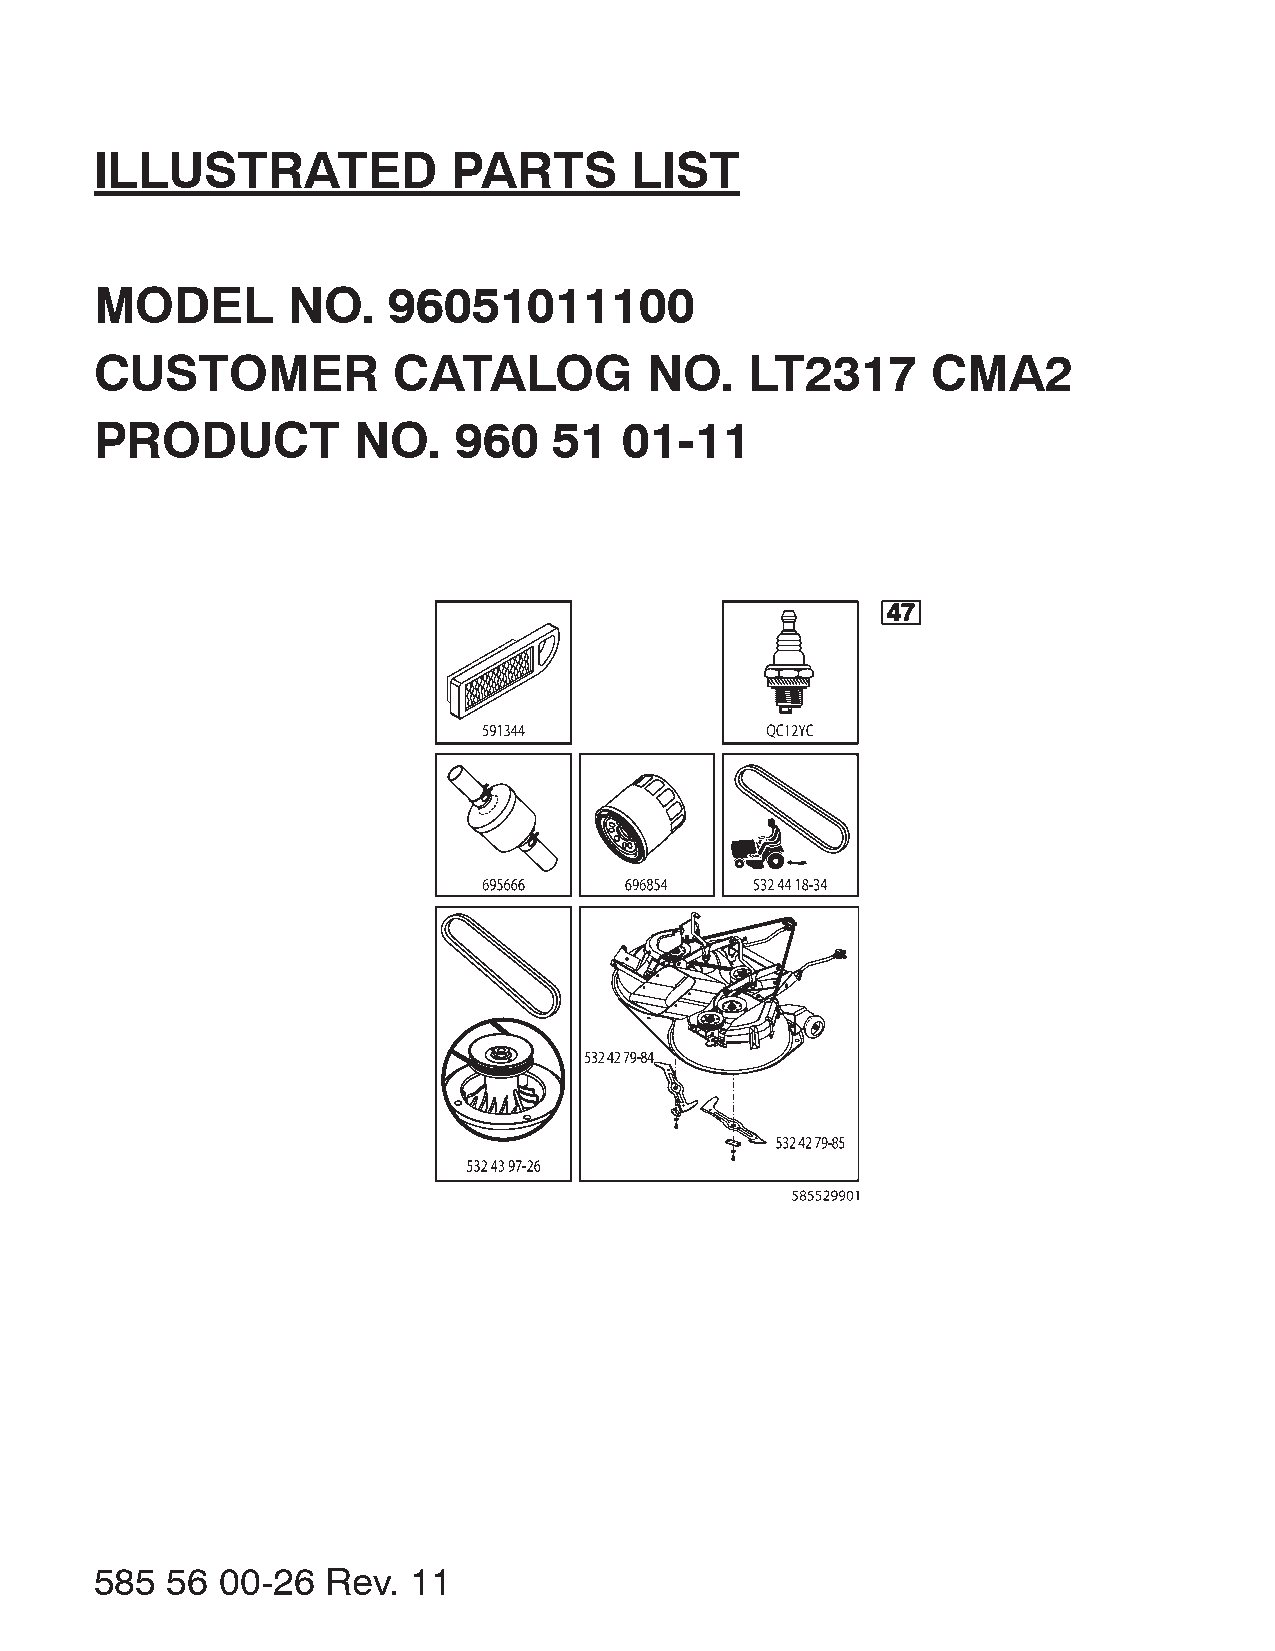
ILLUSTRATED             PARTS       LIST
 MODEL        NO.    96051011100
 CUSTOMER            CATALOG          NO.    LT2317      CMA2
 PRODUCT          NO.    960    51  01-11
 4477
 585  56 00-26   Rev. 11